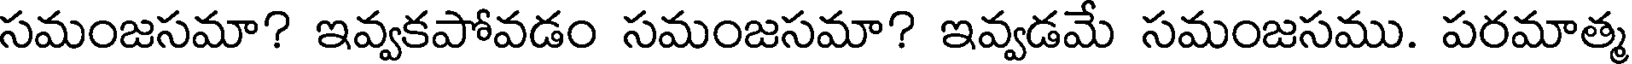
సమంజసమా? ఇవ్వకపోవడం సమంజసమా? ఇవ్వడమే సమంజసము. పరమాత్మ